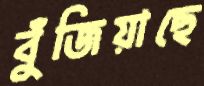
বুঁজিয়াছে